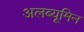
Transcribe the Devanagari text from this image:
अलब्यूमिन